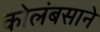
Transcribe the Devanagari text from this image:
कोलंबसाने